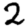
Digit: 2